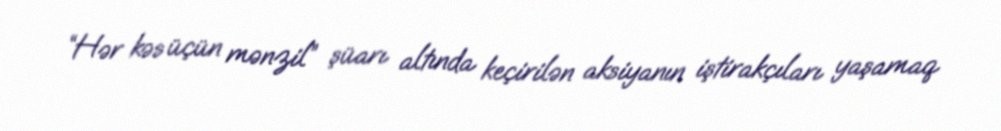
“Hər kəs üçün mənzil” şüarı altında keçirilən aksiyanın iştirakçıları yaşamaq